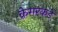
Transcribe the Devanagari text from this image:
क्रेमरकडे